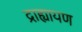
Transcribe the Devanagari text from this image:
द्राह्यायण